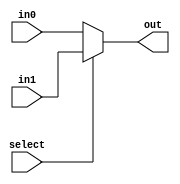
module mux_2_63bit(out, select, in0, in1);
	input select;
	input [62:0] in0, in1;
	output [62:0] out;
	assign out = select ? in1 : in0;
endmodule